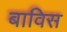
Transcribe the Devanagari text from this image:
बाविस